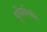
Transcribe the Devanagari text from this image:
पृथिवीपतिः